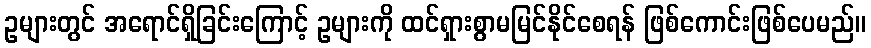
ဥများတွင် အရောင်ရှိခြင်းကြောင့် ဥများကို ထင်ရှားစွာမမြင်နိုင်စေရန် ဖြစ်ကောင်းဖြစ်ပေမည်။